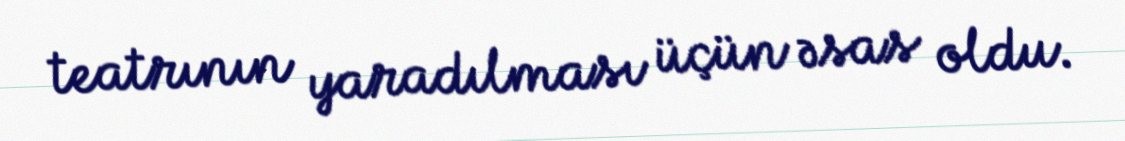
teatrının yaradılması üçün əsas oldu.